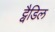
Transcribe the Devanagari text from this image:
ट्वैडिल